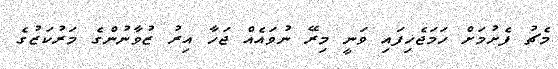
މެޗު ފެށުމަށް ހަމަޖެހިފައި ވަނީ މިރޭ ނުވައެއް ޖަހާ އިރު ޒުވާނުންގެ މަރުކަޒުގެ